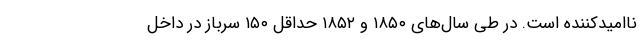
ناامیدکننده است. در طی سال‌های ۱۸۵۰ و ۱۸۵۲ حداقل ۱۵۰ سرباز در داخل